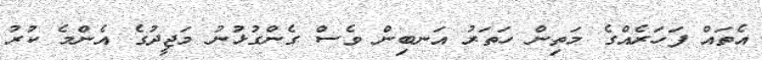
އެތައް ފަހަރެއްގެ މަތިން ހަތަރު އަނބިން ވެސް ގެންގުޅުނު މަޖީދުގެ އެންމެ ކުރު